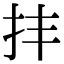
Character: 𢪋